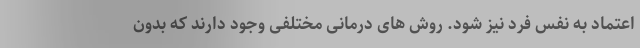
اعتماد به نفس فرد نیز شود. روش های درمانی مختلفی وجود دارند که بدون